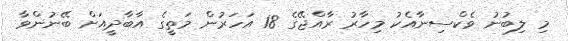
މި ލިބުނު ވެކްސިނާއެކު މިހާރު ރާއްޖޭގެ 18 އަހަރުން މަތީގެ އާބާދީއަށް ބޭނުންވާ